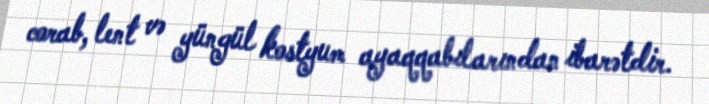
corab, lent və yüngül kostyum ayaqqabılarından ibarətdir.